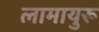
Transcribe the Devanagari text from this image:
लामायुरू